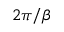
2 \pi / \beta